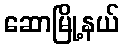
ဆောမြို့နယ်